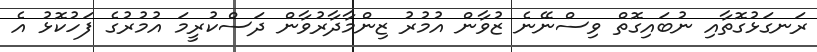
ރަނގަޅުގޮތާއި ނުބައިގޮތް ވިސްނޭނެ ޒުވާން އުމުރު ޒިންމާދާރުވާން ދަސްކުރީމަ އުމުރުގެ ފަހުކޮޅު އެ